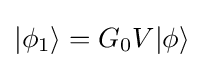
|\phi _{1}\rangle =G_{0}V|\phi \rangle